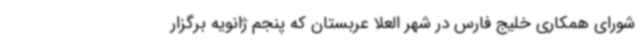
شورای همکاری خلیج فارس در شهر العلا عربستان که پنجم ژانویه برگزار